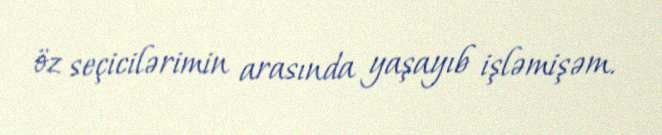
öz seçicilərimin arasında yaşayıb işləmişəm.